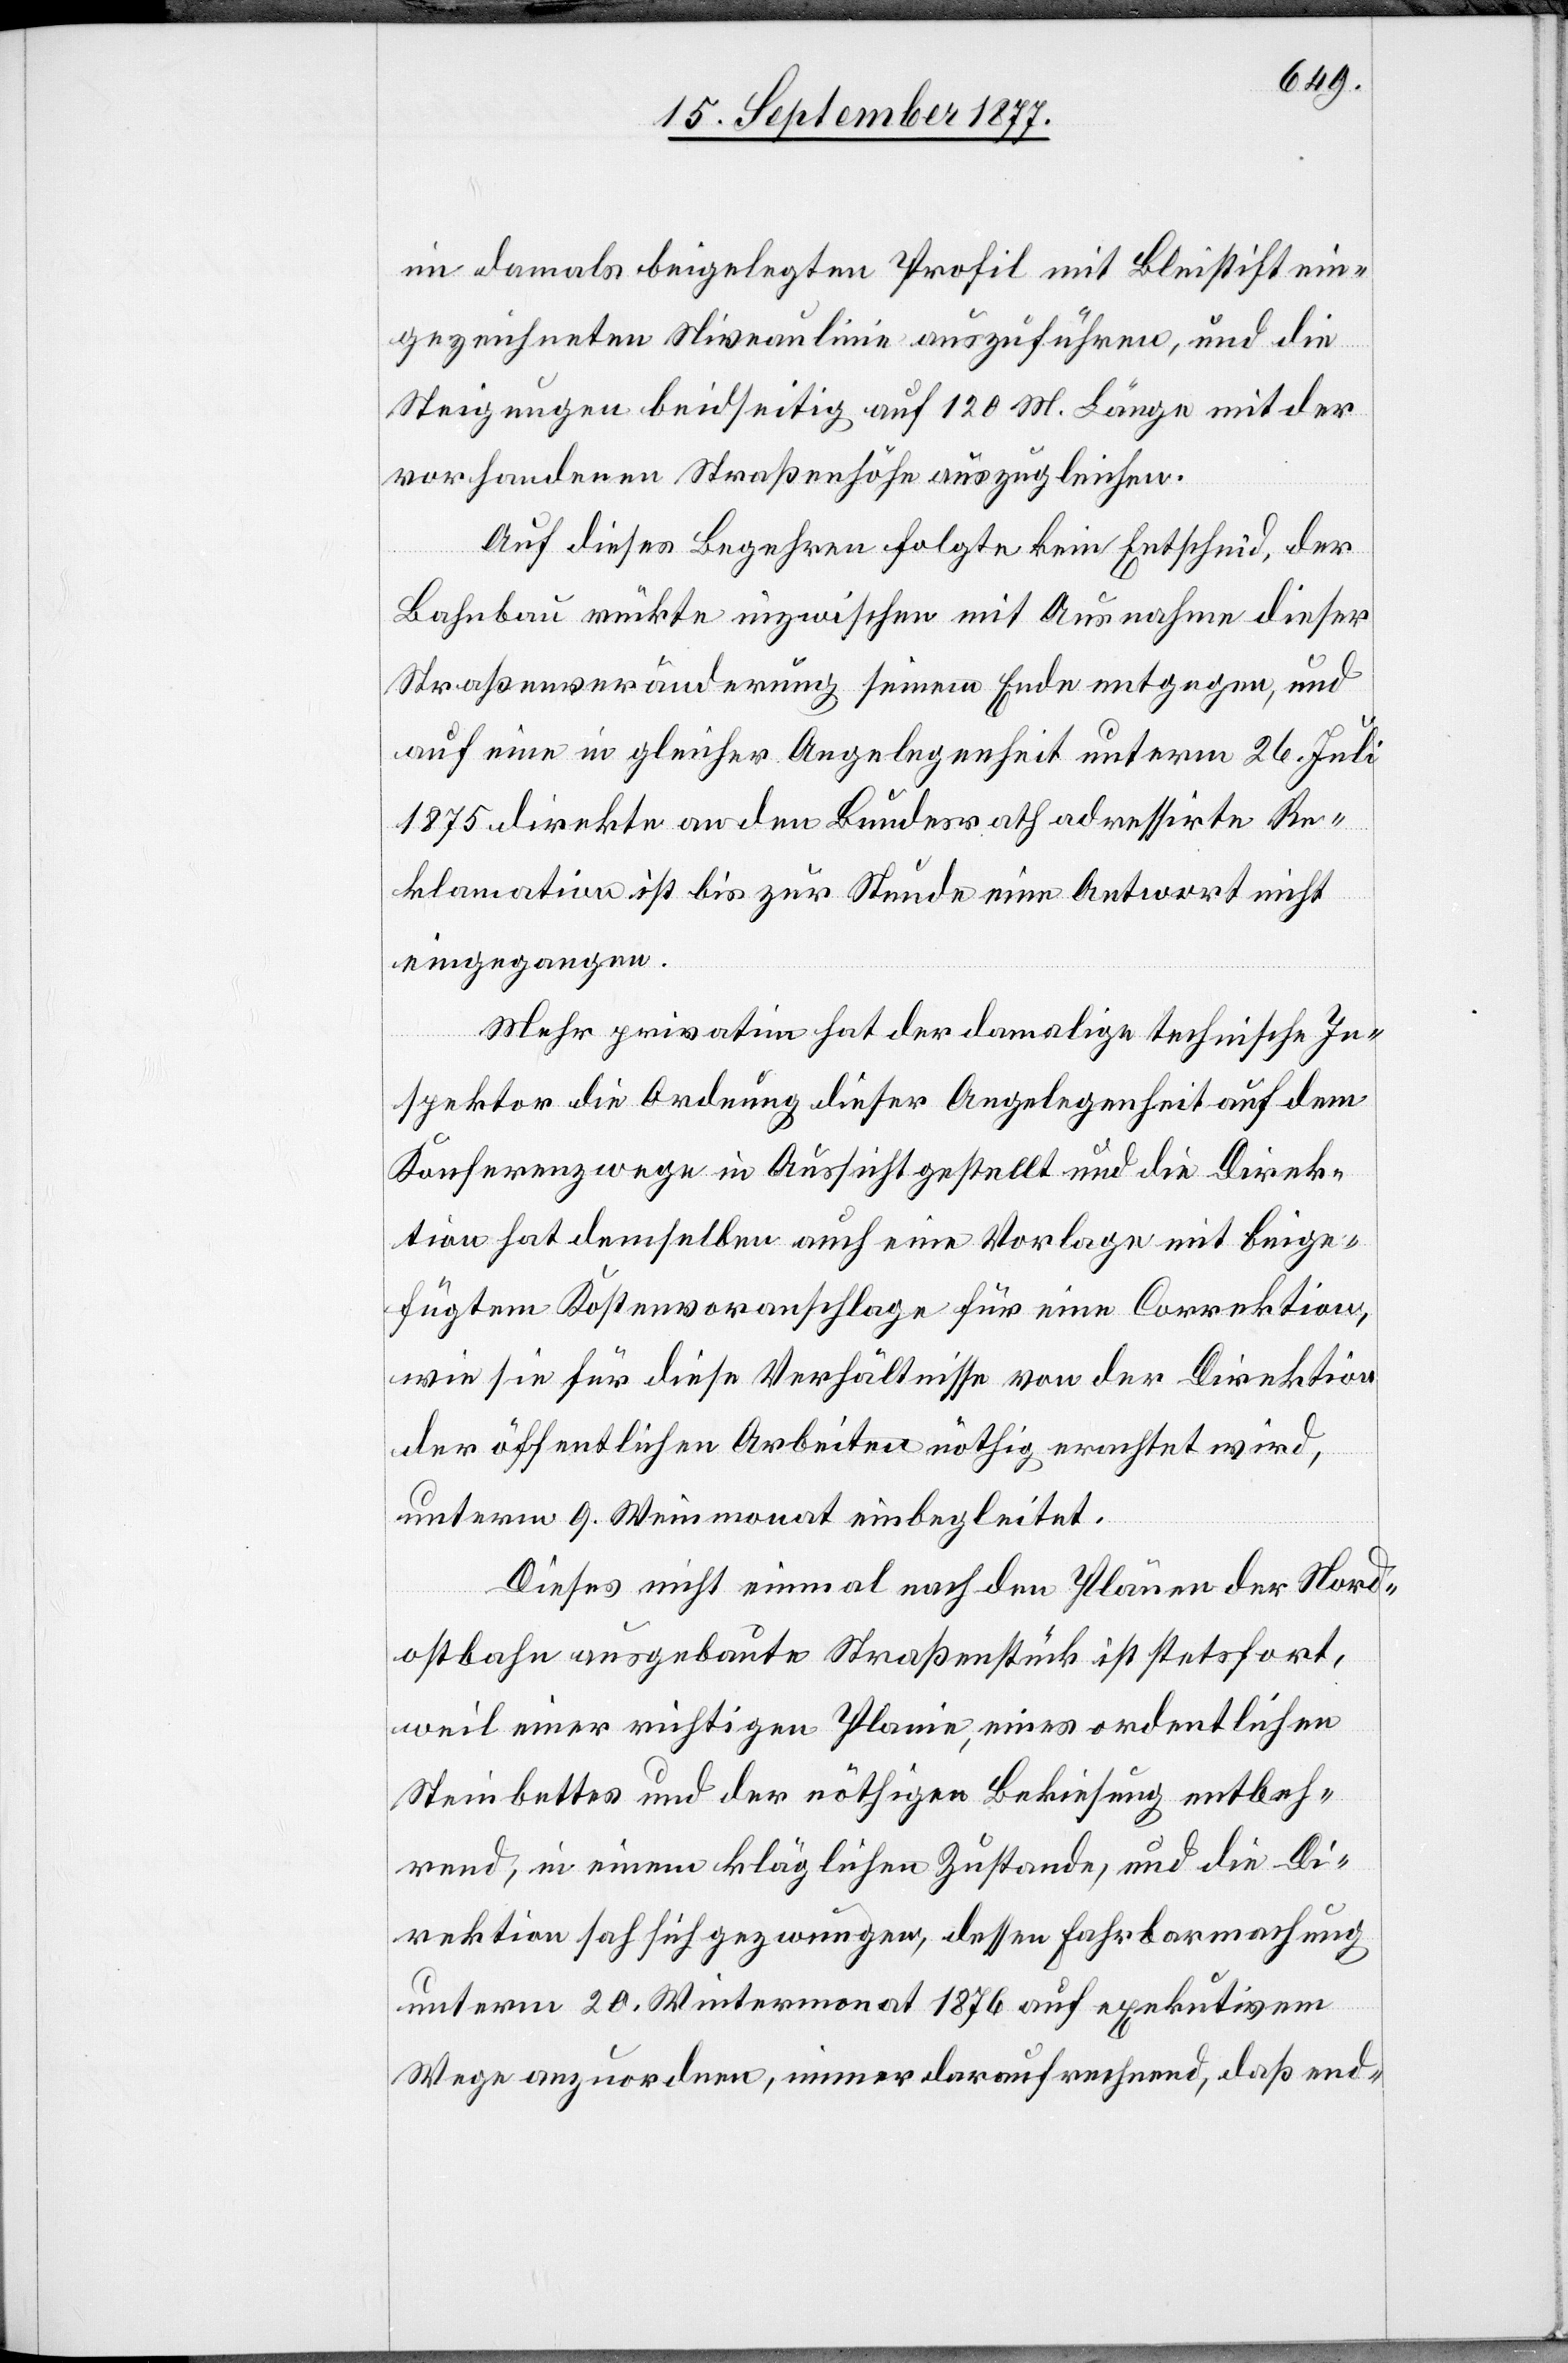
im damals beigelegten Profil mit Bleistift ein¬
gezeichneten Niveaulinie auszuführen, und die
Steigungen beidseitig auf 120 M. Länge mit der
vorhandenen Straßenhöhe auszugleichen.
Auf dieses Begehren folgte kein Entscheid, der
Bahnbau rückte inzwischen mit Ausnahme dieser
Straßenveränderung seinem Ende entgegen, und
auf eine in gleicher Angelegenheit unterm 26. Juli
1875 direkte an den Bundesrath adressirte Re¬
klamation ist bis zur Stunde eine Antwort nicht
eingegangen.
Mehr privatim hat der damalige technische In¬
spektor die Ordnung dieser Angelegenheit auf dem
Konferenzwege in Aussicht gestellt und die Direk¬
tion hat demselben auch eine Vorlage mit beige¬
fügtem Kostenvoranschlage für eine Correktion,
wie sie für diese Verhältnisse von der Direktion
der öffentlichen Arbeiten nöthig erachtet wird,
unterm 9. Weinmonat einbegleitet.
Dieses nicht einmal nach den Plänen der Nord¬
ostbahn ausgebaute Straßenstück ist stetsfort,
weil einer richtigen Planie, eines ordentlichen
Steinbettes und der nöthigen Bekiesung entbeh¬
rend, in einem kläglichen Zustande, und die Di¬
rektion sah sich gezwungen, dessen Fahrbarmachung
unterm 20. Wintermonat 1876 auf exekutivem
Wege anzuordnen, immer darauf rechnend, daß end-